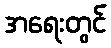
အရေးတွင်